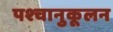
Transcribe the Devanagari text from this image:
पश्चानुकूलन